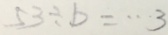
5 3 \div b = \cdots 3